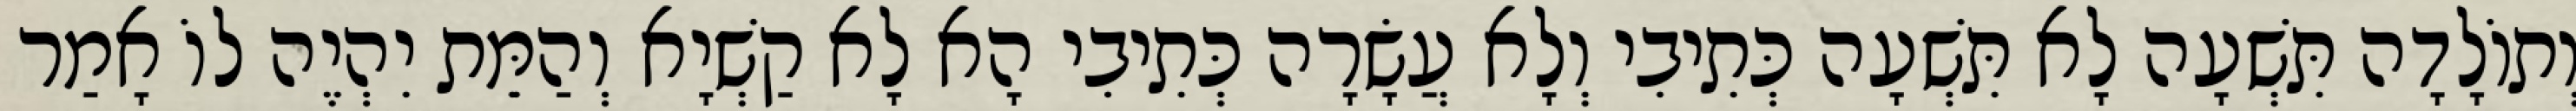
וְתוֹלָדָה תִּשְׁעָה לָא תִּשְׁעָה כְּתִיבִי וְלָא עֲשָׂרָה כְּתִיבִי הָא לָא קַשְׁיָא וְהַמֵּת יִהְיֶה לוֹ אָמַר